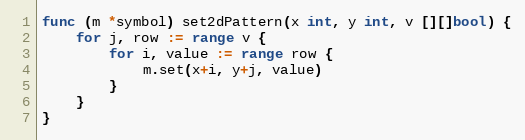
Language: Go
func (m *symbol) set2dPattern(x int, y int, v [][]bool) {
	for j, row := range v {
		for i, value := range row {
			m.set(x+i, y+j, value)
		}
	}
}